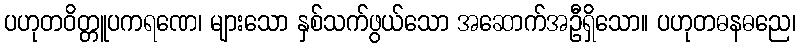
ပဟုတဝိတ္တူပကရဏေ၊ များသော နှစ်သက်ဖွယ်သော အဆောက်အဦရှိသော။ ပဟုတဓနဓညေ၊